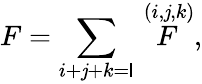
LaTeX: F=\sum_{i+\mathit{j}+k=\mathsf{l}}\stackrel{(i,\mathit{j},k)}{F},